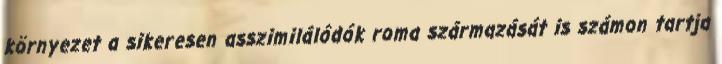
környezet a sikeresen asszimilálódók roma származását is számon tartja